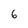
Character: 6